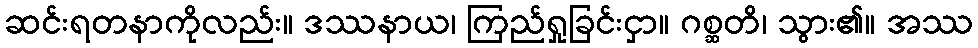
ဆင်းရတနာကိုလည်း။ ဒဿနာယ၊ ကြည်ရှုခြင်းငှာ။ ဂစ္ဆတိ၊ သွား၏။ အဿ